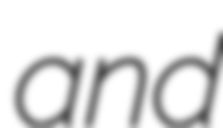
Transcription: and